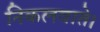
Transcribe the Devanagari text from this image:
निकलवाते।